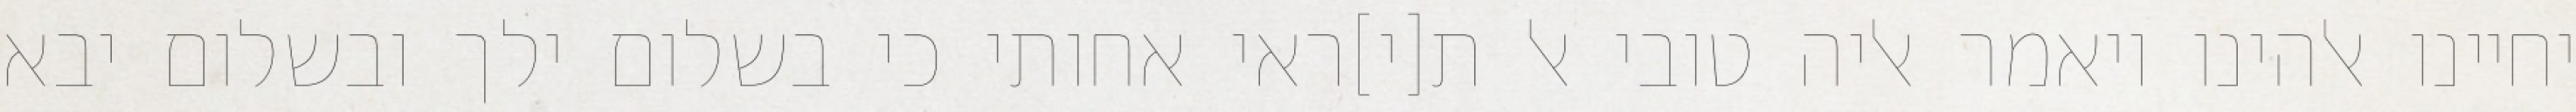
יחיינו אלהינו ויאמר אליה טובי אל ת[י]ראי אחותי כי בשלום ילך ובשלום יבא